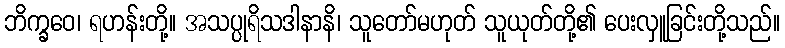
ဘိက္ခဝေ၊ ရဟန်းတို့။ အသပ္ပုရိသဒါနာနိ၊ သူတော်မဟုတ် သူယုတ်တို့၏ ပေးလှူခြင်းတို့သည်။